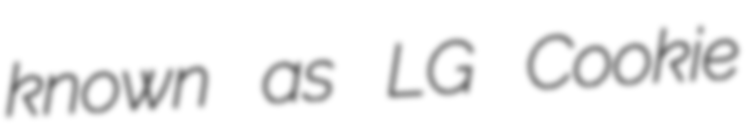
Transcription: known as LG Cookie